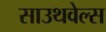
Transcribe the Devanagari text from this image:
साउथवेल्स